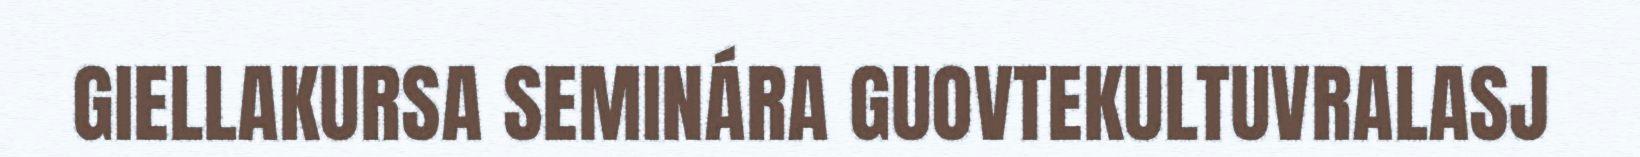
GIELLAKURSA SEMINÁRA GUOVTEKULTUVRALASJ